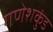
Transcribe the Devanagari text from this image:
गणेशकुंड